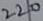
Text: 220